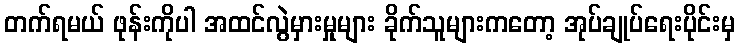
တက်ရမယ် ဖုန်းကိုပါ အထင်လွဲမှားမှုများ ခိုက်သူများကတော့ အုပ်ချုပ်ရေးပိုင်းမှ